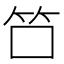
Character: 𬔭